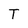
Character: T